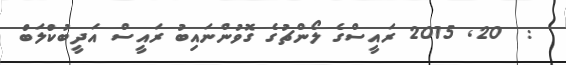
:  20